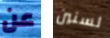
عن لسنين